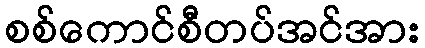
စစ်ကောင်စီတပ်အင်အား